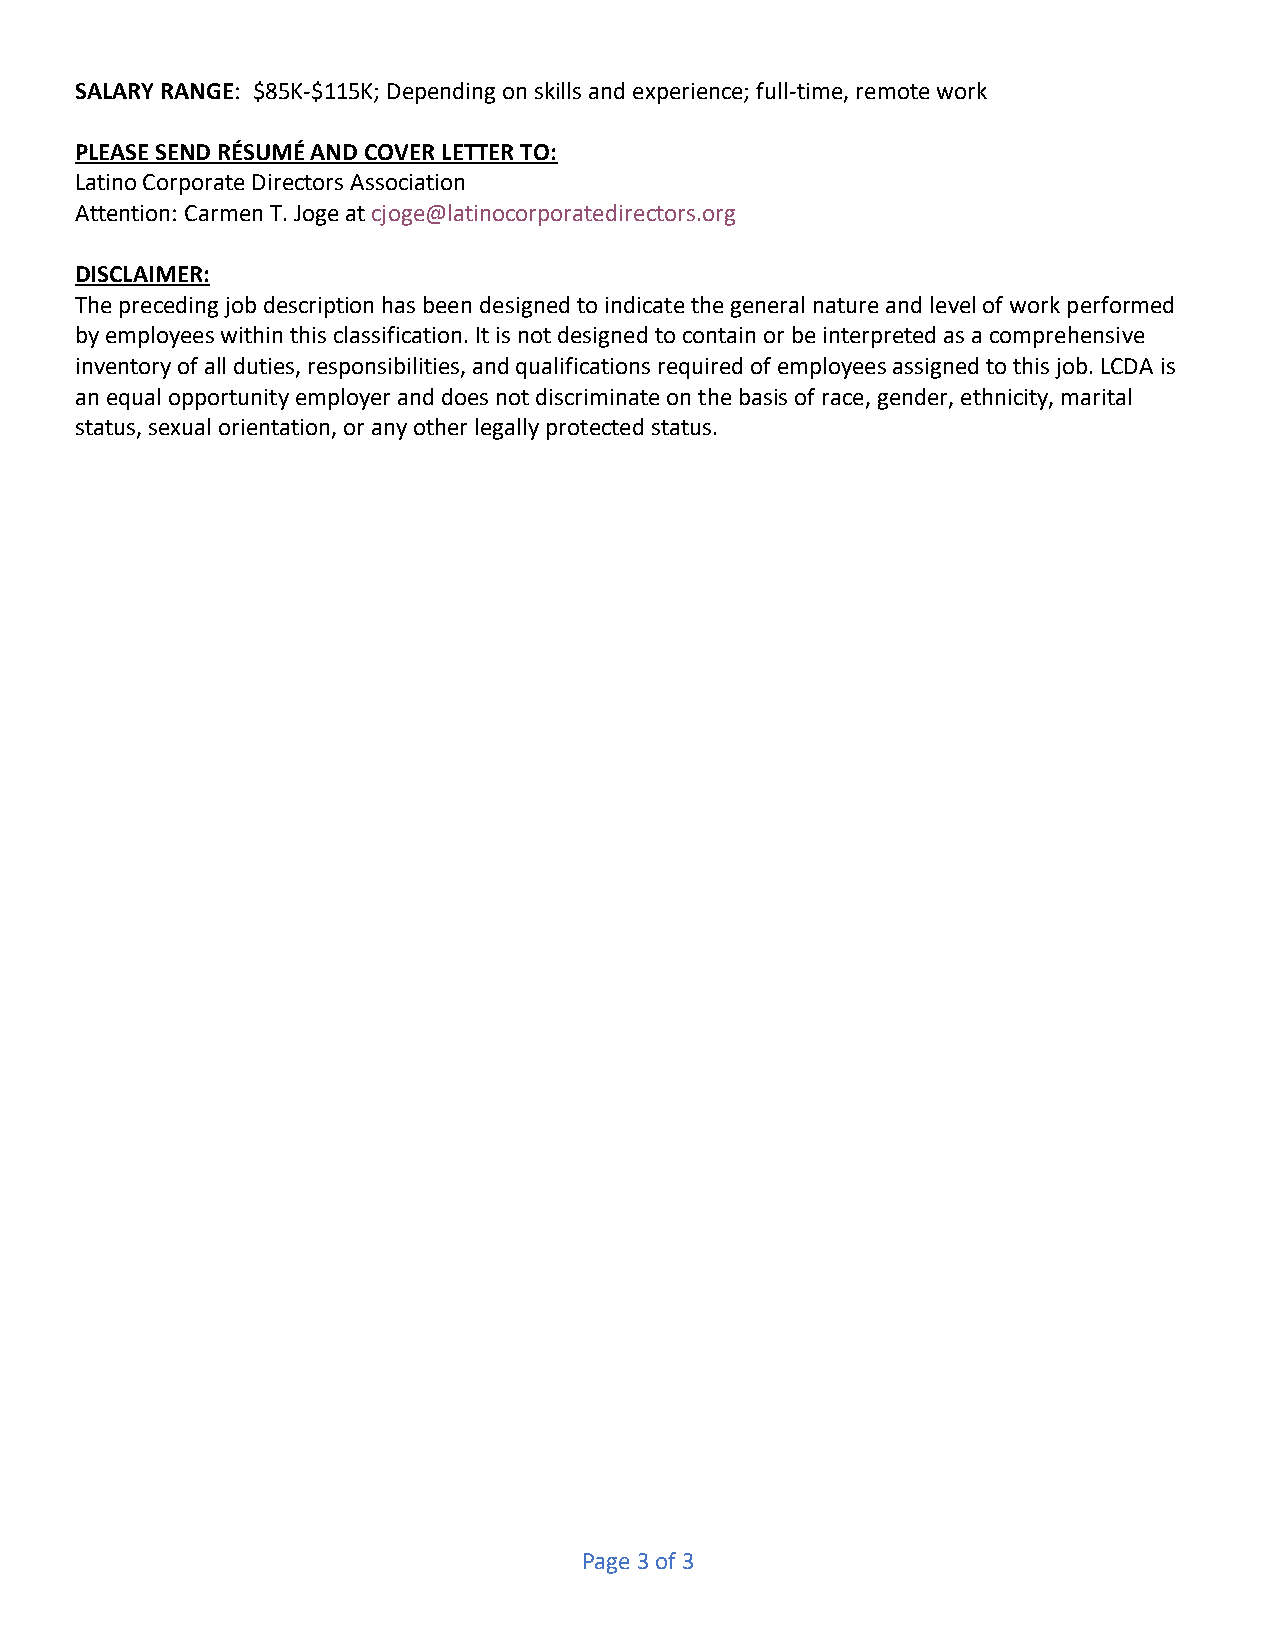
SALARY RANGE: $85K-$115K; Depending on skills and experience; full-time, remote work
 PLEASE SEND RÉSUMÉ AND COVER LETTER TO:
 Latino Corporate Directors Association
 Attention: Carmen T. Joge at cjoge@latinocorporatedirectors.org
 DISCLAIMER:
 The preceding job description has been designed to indicate the general nature and level of work performed
 by employees within this classification. It is not designed to contain or be interpreted as a comprehensive
 inventory of all duties, responsibilities, and qualifications required of employees assigned to this job. LCDA is
 an equal opportunity employer and does not discriminate on the basis of race, gender, ethnicity, marital
 status, sexual orientation, or any other legally protected status.
 Page 3 of 3